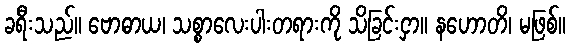
ခရီးသည်။ ဗောဓာယ၊ သစ္စာလေးပါးတရားကို သိခြင်းငှာ။ နဟောတိ၊ မဖြစ်။